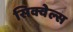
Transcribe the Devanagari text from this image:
सिक्वेल्स